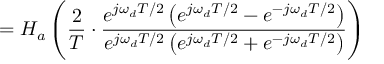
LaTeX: = H _ { a } \left( { \frac { 2 } { T } } \cdot { \frac { e ^ { j \omega _ { d } T / 2 } \left( e ^ { j \omega _ { d } T / 2 } - e ^ { - j \omega _ { d } T / 2 } \right) } { e ^ { j \omega _ { d } T / 2 } \left( e ^ { j \omega _ { d } T / 2 } + e ^ { - j \omega _ { d } T / 2 } \right) } } \right)